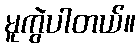
မူကွဲပါတယ်။